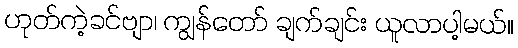
ဟုတ်ကဲ့ခင်ဗျာ၊ ကျွန်တော် ချက်ချင်း ယူလာပါ့မယ်။